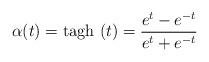
LaTeX: \begin{align*}\alpha (t)=\mbox{tagh}\ (t)=\frac{e^t-e^{-t}}{e^t+e^{-t}}\end{align*}